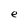
Character: e